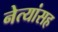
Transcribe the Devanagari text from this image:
नेत्यांसह